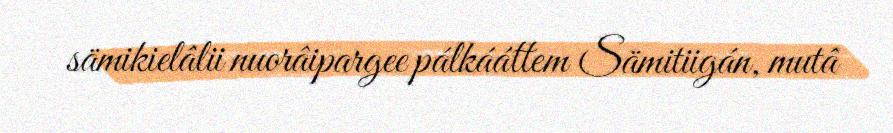
sämikielâlii nuorâipargee pálkááttem Sämitiigán, mutâ